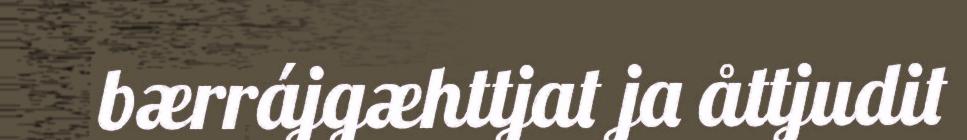
bærrájgæhttjat ja åttjudit